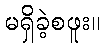
မရှိခဲ့စဖူး။